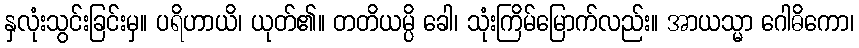
နှလုံးသွင်းခြင်းမှ။ ပရိဟာယိ၊ ယုတ်၏။ တတိယမ္ပိ ခေါ၊ သုံးကြိမ်မြောက်လည်း။ အာယသ္မာ ဂေါဓိကော၊